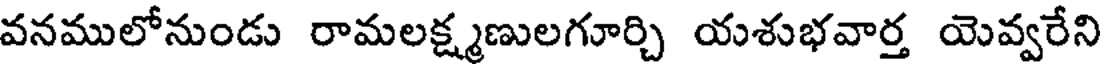
వనములోనుండు రామలక్ష్మణులగూర్చి యశుభవార్త యెవ్వరేని